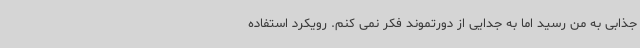
جذابی به من رسید اما به جدایی از دورتموند فکر نمی کنم. رویکرد استفاده